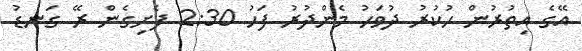
އޭގެ އިތުރުން ހުކުރު ދުވަހު މެންދުރު ފަހު 2:30 ފެށިގެން ރޭ ގަނޑު